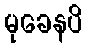
မုခေနပိ